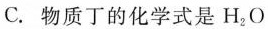
C.物质丁的化学式是H_{2}O